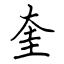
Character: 奎